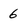
Character: 6